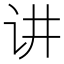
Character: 讲